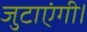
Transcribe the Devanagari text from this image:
जुटाएंगी।